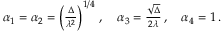
\begin{array} { r } { \alpha _ { 1 } = \alpha _ { 2 } = \left( \frac { \Delta } { \lambda ^ { 2 } } \right) ^ { 1 / 4 } \, , \quad \alpha _ { 3 } = \frac { \sqrt { \Delta } } { 2 \lambda } \, , \quad \alpha _ { 4 } = 1 \, . } \end{array}